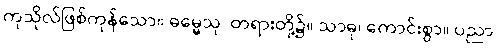
ကုသိုလ်ဖြစ်ကုန်သော။ ဓမ္မေသု၊ တရားတို့၌။ သာဓု၊ ကောင်းစွာ။ ပညာ၊